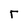
Character: r